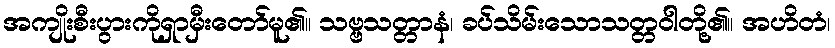
အကျိုးစီးပွားကိုရှာမှီးတော်မူ၏။ သဗ္ဗသတ္တာနံ၊ ခပ်သိမ်းသောသတ္တဝါတို့၏။ အဟိတံ၊